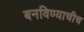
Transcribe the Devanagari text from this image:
बनविण्याचीच